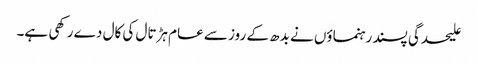
علیحدگی پسند رہنماؤں نے بدھ کے روز سے عام ہڑتال کی کال دے رکھی ہے۔